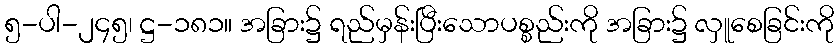
၅-ပါ-၂၄၅၊ ဋ္ဌ-၁၈၁။ အခြား၌ ရည်မှန်းပြီးသောပစ္စည်းကို အခြား၌ လှူစေခြင်းကို